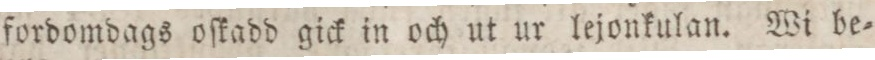
fordomdags oſtadd gick in och ut ur lejonkulan. Wi be=